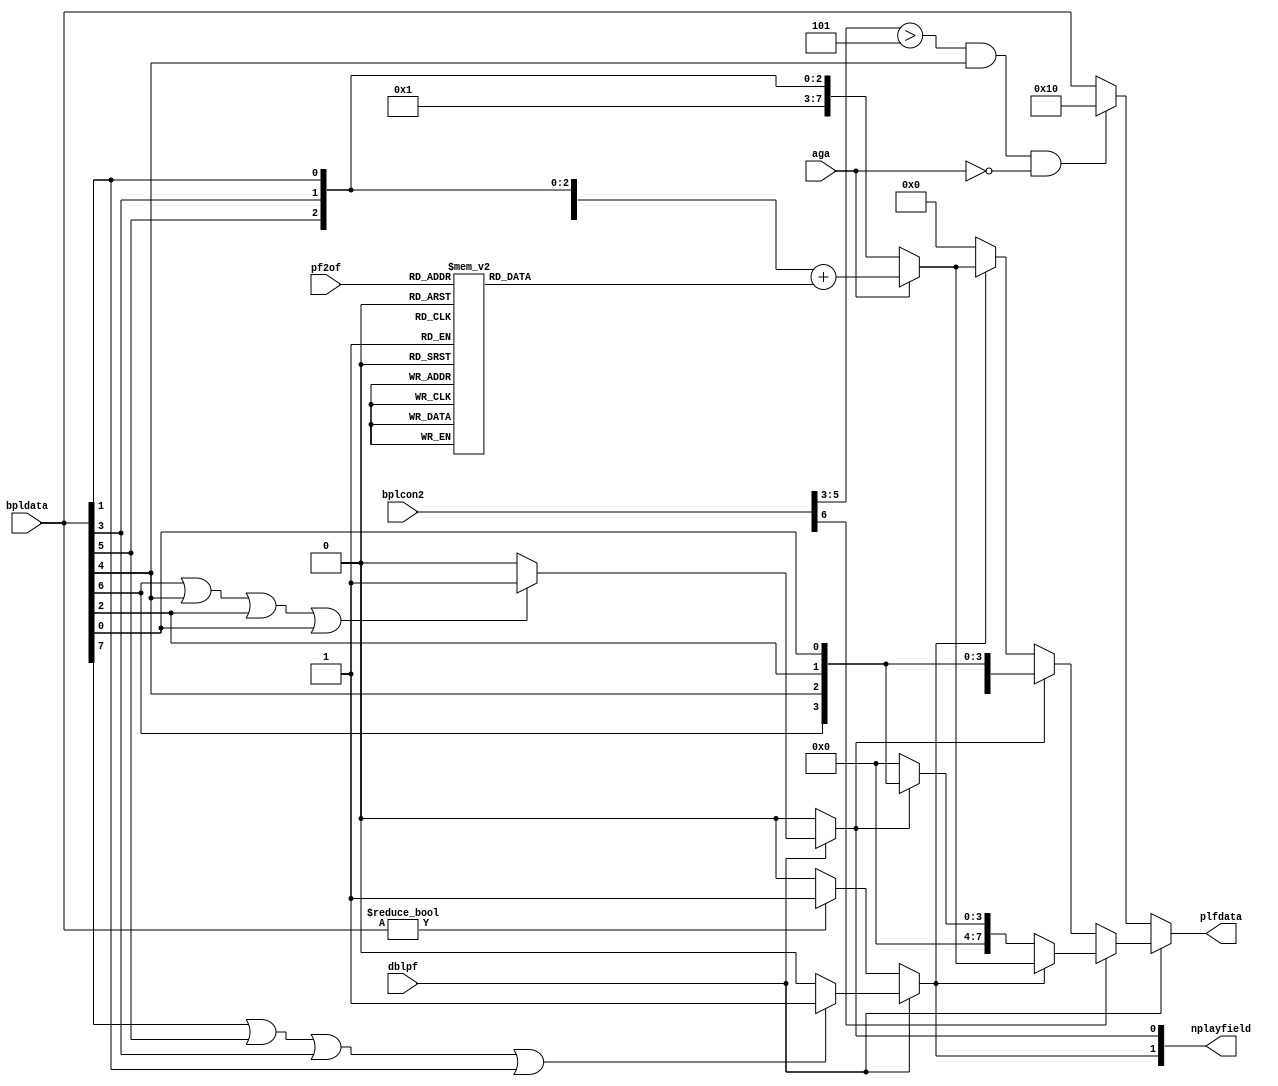
// -*- mode: verilog; mode: font-lock; indent-tabs-mode: nil -*-
// vi: set et ts=3 sw=3 sts=3:
//
// Copyright 2006, 2007 Dennis van Weeren
//
// This file is part of Minimig
//
// Minimig is free software; you can redistribute it and/or modify
// it under the terms of the GNU General Public License as published by
// the Free Software Foundation; either version 3 of the License, or
// (at your option) any later version.
//
// Minimig is distributed in the hope that it will be useful,
// but WITHOUT ANY WARRANTY; without even the implied warranty of
// MERCHANTABILITY or FITNESS FOR A PARTICULAR PURPOSE.  See the
// GNU General Public License for more details.
//
// You should have received a copy of the GNU General Public License
// along with this program.  If not, see <http://www.gnu.org/licenses/>.
//
//
// This is the playfield engine.
// It takes the raw bitplane data and generates a
// single or dual playfield
// it also generated the nplayfield valid data signals which are needed
// by the main video priority logic in Denise


module denise_playfields
  (
   input  wire        aga,
   input  wire [ 8:1] bpldata,      // raw bitplane data in
   input  wire        dblpf,        // double playfield select
   input  wire [ 2:0] pf2of,        // playfield 2 offset into color table
   input  wire [ 6:0] bplcon2,      // bplcon2 (playfields priority)
   output reg  [ 2:1] nplayfield,   // playfield 1,2 valid data
   output reg  [ 7:0] plfdata       // playfield data out
   );

   //local signals
   wire               pf2pri;        // playfield 2 priority over playfield 1
   wire [2:0]         pf2p;          // playfield 2 priority code
   reg  [7:0]         pf2of_val;     // playfield 2 offset value

   assign pf2pri = bplcon2[6];
   assign pf2p = bplcon2[5:3];

   always @ (*) begin
      case(pf2of)
        3'd0 : pf2of_val = 8'd0;
        3'd1 : pf2of_val = 8'd2;
        3'd2 : pf2of_val = 8'd4;
        3'd3 : pf2of_val = 8'd8;
        3'd4 : pf2of_val = 8'd16;
        3'd5 : pf2of_val = 8'd32;
        3'd6 : pf2of_val = 8'd64;
        3'd7 : pf2of_val = 8'd128;
      endcase
   end

   //generate playfield 1,2 data valid signals
   always @(*) begin
      if (dblpf) begin //dual playfield
         if (bpldata[7] || bpldata[5] || bpldata[3] || bpldata[1]) //detect data valid for playfield 1
           nplayfield[1] = 1;
         else
           nplayfield[1] = 0;

         if (bpldata[8] || bpldata[6] || bpldata[4] || bpldata[2]) //detect data valid for playfield 2
           nplayfield[2] = 1;
         else
           nplayfield[2] = 0;
      end
      else begin //single playfield is always playfield 2
         nplayfield[1] = 0;
         if (bpldata[8:1]!=8'b000000)
           nplayfield[2] = 1;
         else
           nplayfield[2] = 0;
      end
   end

   //playfield 1 and 2 priority logic
   always @(*) begin
      if (dblpf) begin //dual playfield
         if (pf2pri) begin //playfield 2 (2,4,6) has priority
            if (nplayfield[2])
              if (aga)
                plfdata[7:0] = {4'b0000,bpldata[8],bpldata[6],bpldata[4],bpldata[2]} + pf2of_val;
              else
                plfdata[7:0] = {4'b0000,1'b1,bpldata[6],bpldata[4],bpldata[2]};
            else if (nplayfield[1])
              plfdata[7:0] = {4'b0000,bpldata[7],bpldata[5],bpldata[3],bpldata[1]};
            else //both planes transparant, select background color
              plfdata[7:0] = 8'b00000000;
         end
         else begin //playfield 1 (1,3,5) has priority
            if (nplayfield[1])
              plfdata[7:0] = {4'b0000,bpldata[7],bpldata[5],bpldata[3],bpldata[1]};
            else if (nplayfield[2])
              if (aga)
                plfdata[7:0] = {4'b0000,bpldata[8],bpldata[6],bpldata[4],bpldata[2]} + pf2of_val;
              else
                plfdata[7:0] = {4'b0000,1'b1,bpldata[6],bpldata[4],bpldata[2]};
            else //both planes transparent, select background color
              plfdata[7:0] = 8'b00000000;
         end
      end
      else begin //normal single playfield (playfield 2 only)
         //OCS/ECS undocumented feature when bpu=5 and pf2pri>5 (Swiv score display)
         if ((pf2p>5) && bpldata[5] && !aga)
           plfdata[7:0] = {8'b00010000};
         else
           plfdata[7:0] = bpldata[8:1];
      end
   end

endmodule